Jaan_Tonisson_(Lasteleht), lk 7
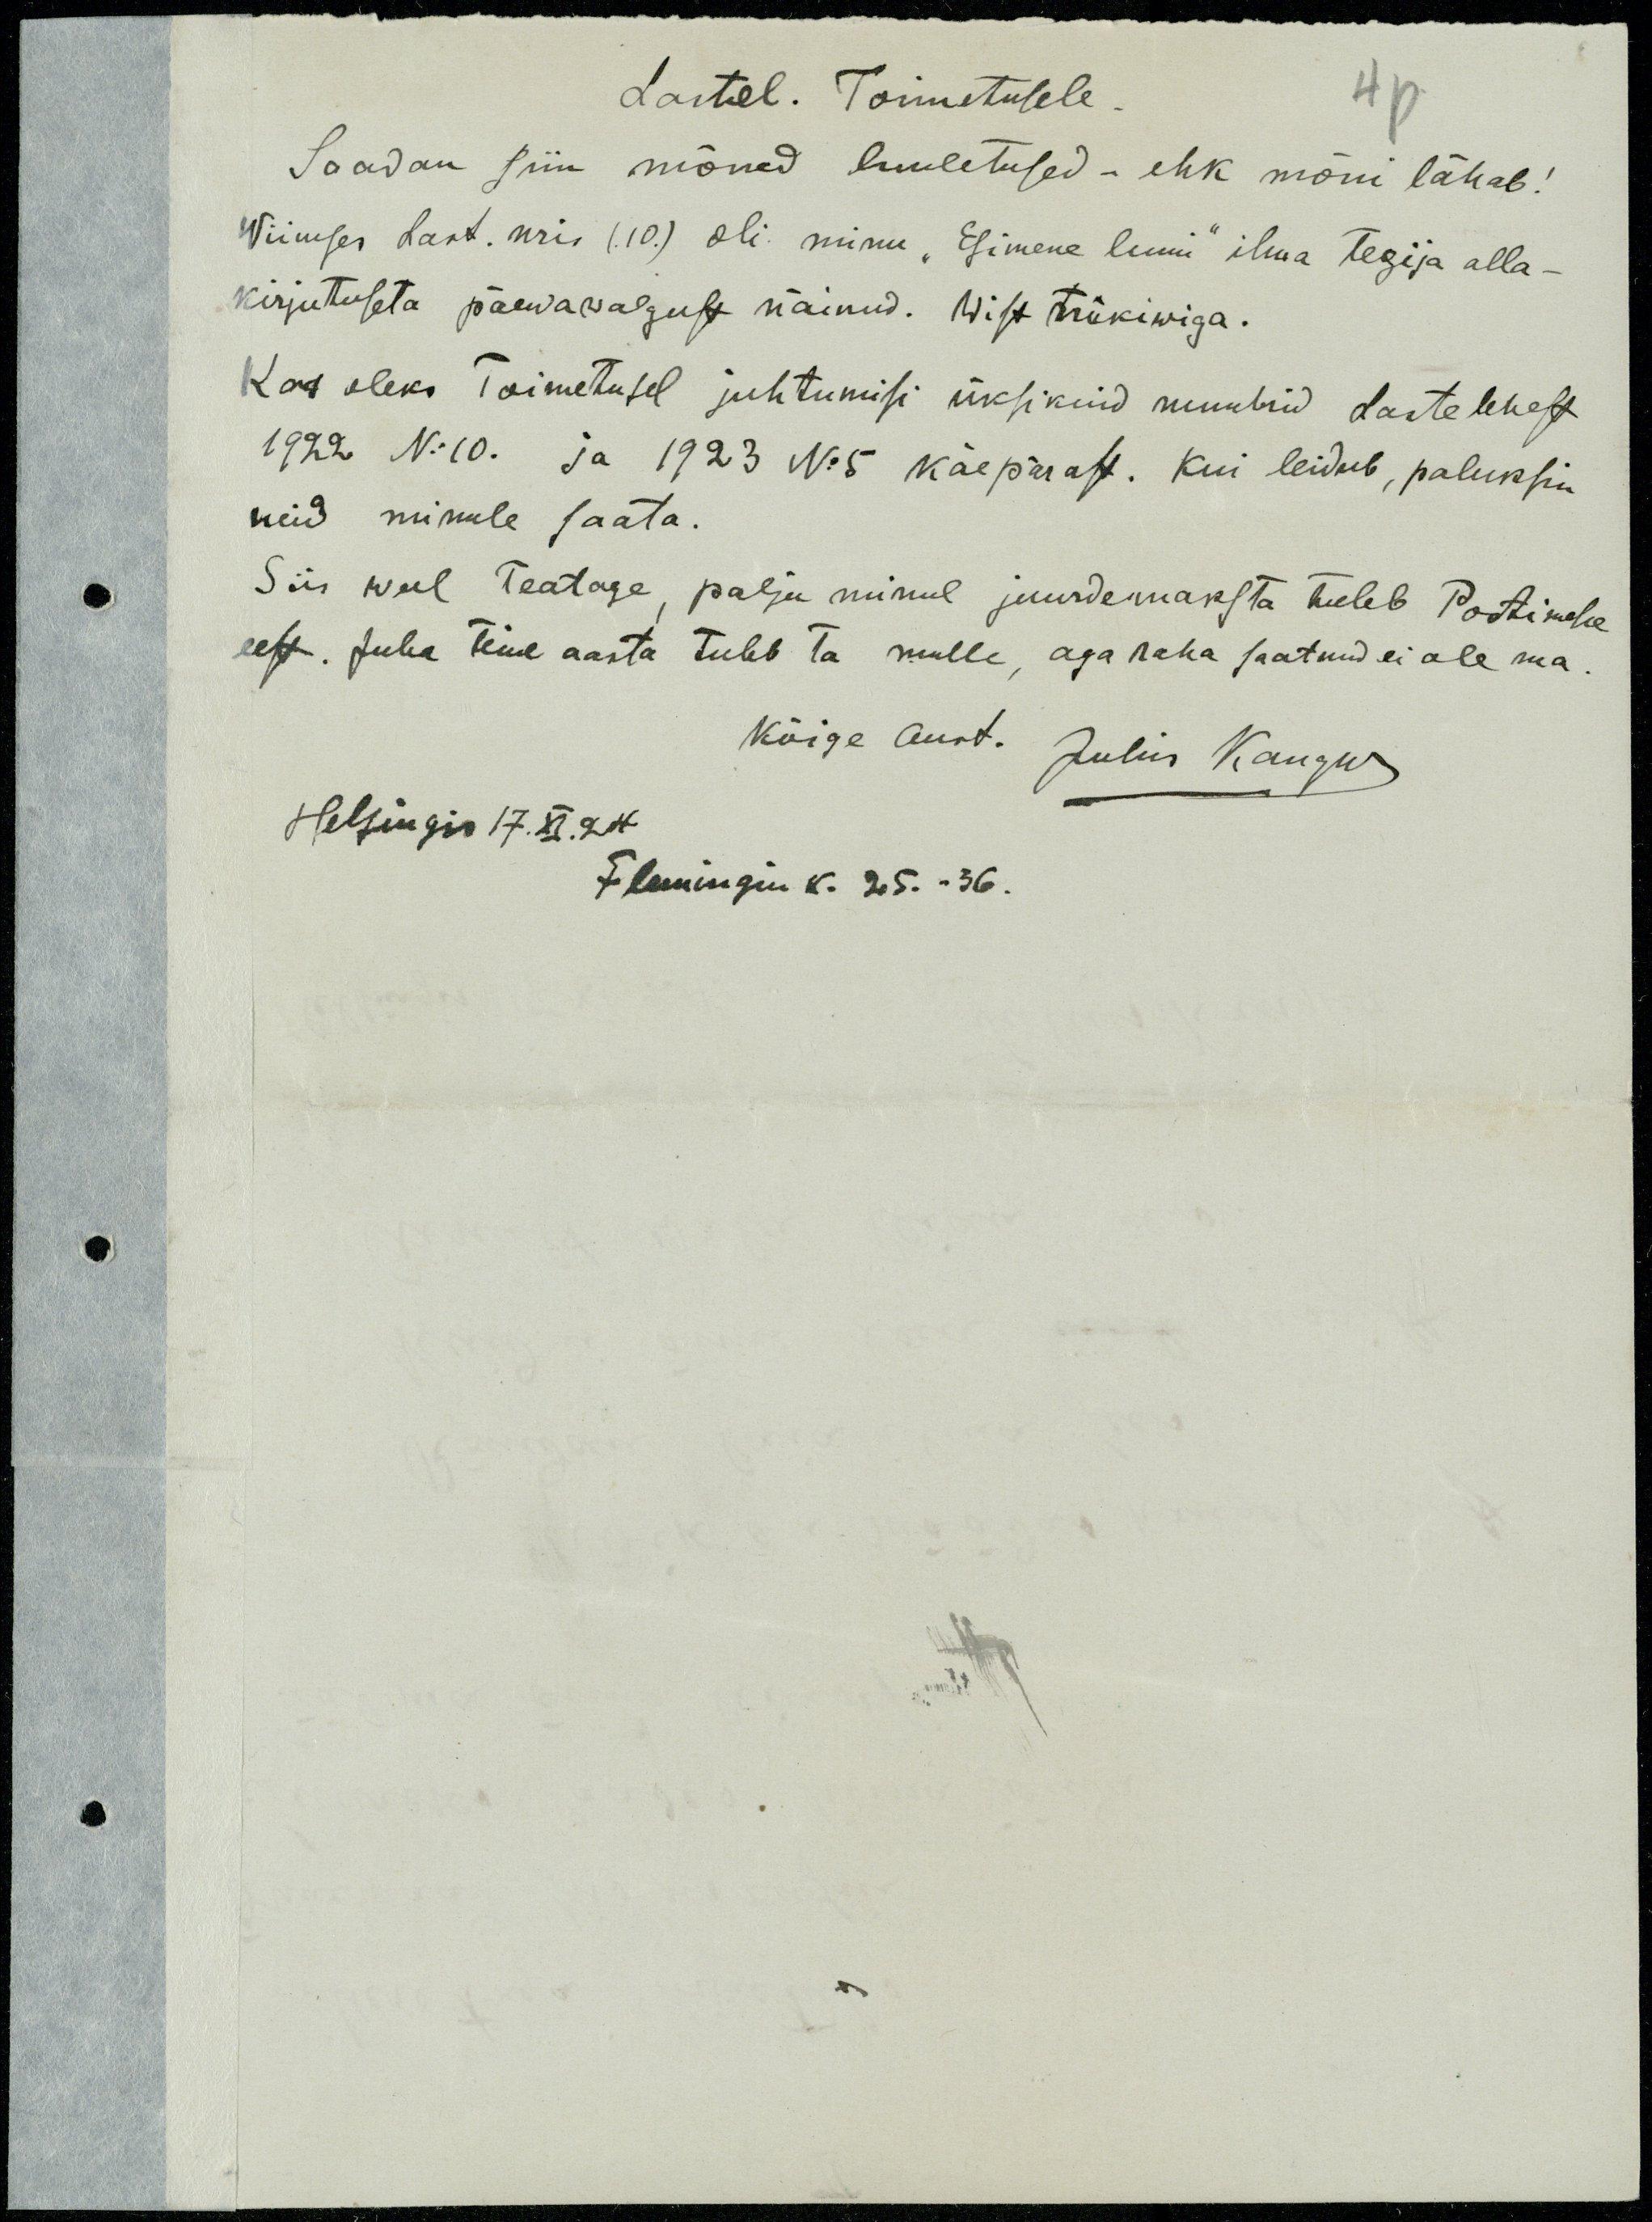
Lastel. Toimetusele
Saadan siin mõned luuletused - ehk mõni läheb!
Wiimses Last. mis (10.) oli minu "Esimene lumi" ilma tegija alla-
kirjutuseta päewawalgust näinud. Wist trükiwiga.
Kas oleks Toimetusel juhtumisi üksikuid numbrid Lastelehest
1922 No:10. ja 1923 No:5 käepärast. Kui leidub, paluksin
neid minule saata.
Siis weel Teatage, palju minul juurdemaksta tuleb Postimehe
eest. Juba teine aasta tuleb ta mulle, aga raha saatnud ei ole ma.
Kõige aust. Julius Kangur
Helsingis 17.XI.24
Flemingin K. 25. 36.